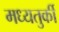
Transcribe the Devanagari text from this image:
मध्यतुर्की